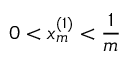
0 < x _ { m } ^ { ( 1 ) } < \frac { 1 } { m }